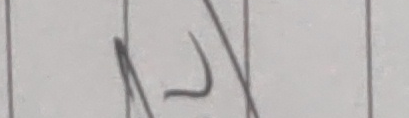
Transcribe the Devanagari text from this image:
२